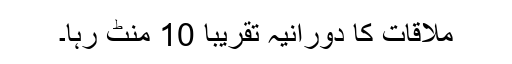
ملاقات کا دورانیہ تقریباً 10 منٹ رہا۔